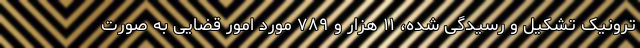
ترونیک تشکیل و رسیدگی شده، ۱۱ هزار و ۷۸۹ مورد امور قضایی به صورت